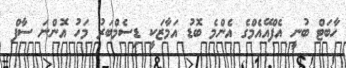
ހާބަޓް ބުނީ އެފްއޭއެމްގެ އެންމެ ބޮޑު އަމާޒަކީ ޑިސެމްބަރު މަހު އޮންނަ ސާފް